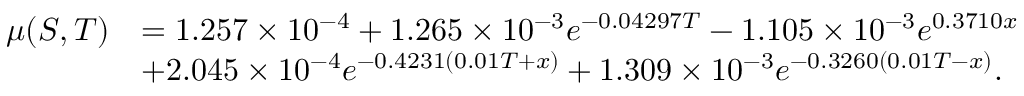
\begin{array} { r l } { \mu ( S , T ) } & { = 1 . 2 5 7 \times 1 0 ^ { - 4 } + 1 . 2 6 5 \times 1 0 ^ { - 3 } e ^ { - 0 . 0 4 2 9 7 T } - 1 . 1 0 5 \times 1 0 ^ { - 3 } e ^ { 0 . 3 7 1 0 x } } \\ & { + 2 . 0 4 5 \times 1 0 ^ { - 4 } e ^ { - 0 . 4 2 3 1 ( 0 . 0 1 T + x ) } + 1 . 3 0 9 \times 1 0 ^ { - 3 } e ^ { - 0 . 3 2 6 0 ( 0 . 0 1 T - x ) } . } \end{array}